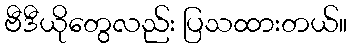
ဗီဒီယိုတွေလည်း ပြသထားတယ်။